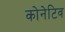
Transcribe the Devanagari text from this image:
कोनेटिव